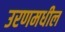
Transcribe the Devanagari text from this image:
उरणमधील